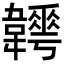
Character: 𩏬